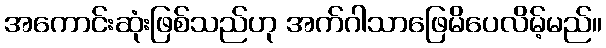
အကောင်းဆုံးဖြစ်သည်ဟု အက်ဂါသာဖြေမိပေလိမ့်မည်။